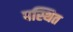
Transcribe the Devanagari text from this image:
पस्थित